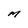
Character: M